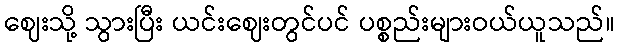
ဈေးသို့ သွားပြီး ယင်းဈေးတွင်ပင် ပစ္စည်းများဝယ်ယူသည်။